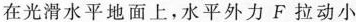
在光滑水平地面上，水平外力F拉动小